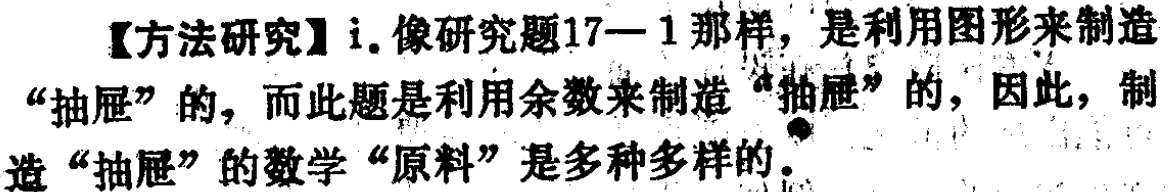
【方法研究】i. 像研究题17—1那样，是利用图形来制造“抽屉”的，而此题是利用余数来制造“抽屉”的，因此，制造“抽屉”的数学“原料”是多种多样的。